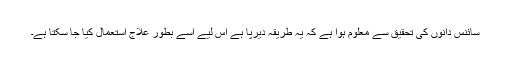
سائنس دانوں کی تحقیق سے معلوم ہوا ہے کہ یہ طریقہ دیرپا ہے اس لیے اسے بطور علاج استعمال کیا جا سکتا ہے۔